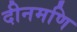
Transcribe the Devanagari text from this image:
दीनमणि